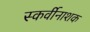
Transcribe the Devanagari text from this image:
स्कर्वीनाशक